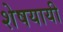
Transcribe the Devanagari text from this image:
शेषयायी